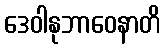
ဒေဝါနုဘာဝေနာတိ